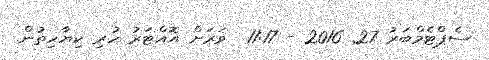
ސެޕްޓެމްބަރު 27